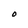
Character: O